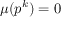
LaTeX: \mu ( p ^ { k } ) = 0